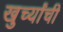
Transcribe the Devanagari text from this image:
खुर्च्यांची